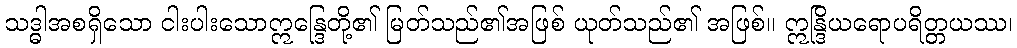
သဒ္ဓါအစရှိသော ငါးပါးသောဣန္ဒြေတို့၏ မြတ်သည်၏အဖြစ် ယုတ်သည်၏ အဖြစ်။ ဣန္ဒြိယရောပရိတ္တယဿ၊